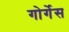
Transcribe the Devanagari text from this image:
गोर्गेस